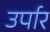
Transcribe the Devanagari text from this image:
उर्पार